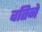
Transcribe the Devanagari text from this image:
वतिने